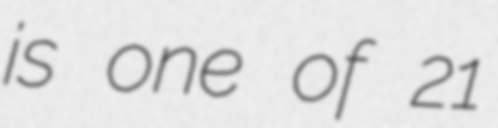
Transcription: is one of 21